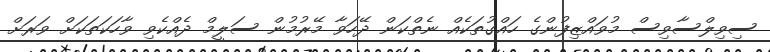
ސިވިލްސާވިސް މުވައްޒިފުންގެ ހައްގުތަކެއް ނެތްކަން ދޭހަވާ މޭރުމުން ސަލީމް ދެއްކެވި ވާހަކަތަކަށް ވަރަށް